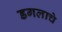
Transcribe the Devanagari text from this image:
डगलाचे